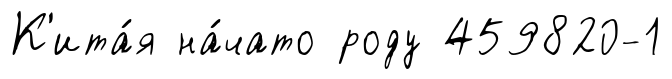
К'ита́я на́чато роду 459820-1